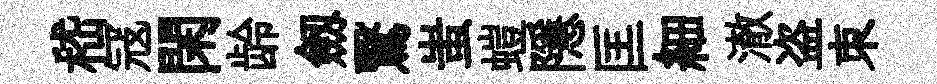
嵇冦閑龄劔鷖蚩螘隱匡細澈盗朿